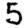
Digit: 5